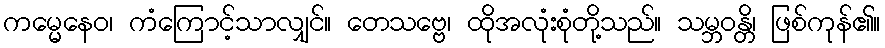
ကမ္မေနေဝ၊ ကံကြောင့်သာလျှင်။ တေသဗ္ဗေ၊ ထိုအလုံးစုံတို့သည်။ သမ္ဘဝန္တိ၊ ဖြစ်ကုန်၏။